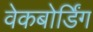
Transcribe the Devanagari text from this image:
वेकबोर्डिंग